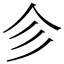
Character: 㐱